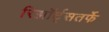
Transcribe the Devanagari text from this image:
रिझॉर्ट्‌सतर्फे